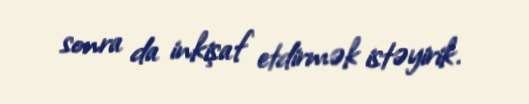
sonra da inkişaf etdirmək istəyirik.